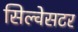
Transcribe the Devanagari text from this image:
सिल्वेसटर